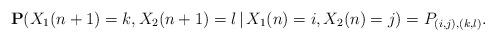
LaTeX: \begin{align*}{\mathbf P}(X_1(n+1)=k,X_2(n+1)=l\,|\, X_1(n)=i, X_2(n)=j) = P_{(i,j),(k,l)}.\end{align*}